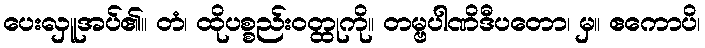
ပေးလှူအပ်၏။ တံ၊ ထိုပစ္စည်းဝတ္ထုကို။ တမ္ဗပါဏိဒီပတော၊ မှ။ ဧကောပိ၊